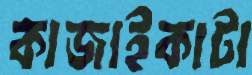
কাজাইকাটা